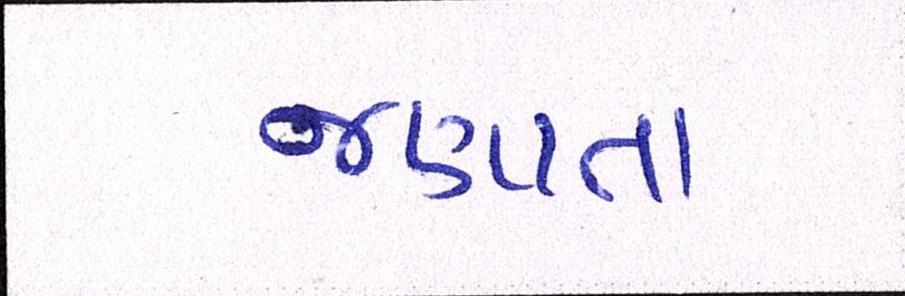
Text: જણાતા